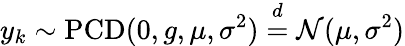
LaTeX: y_{k}\sim\operatorname{PCD}(0,g,\mu,\sigma^{2})\overset{d}{=}\mathcal N(\mu,\sigma^{2})